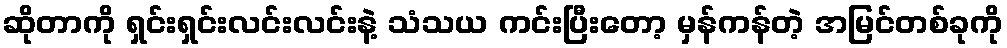
ဆိုတာကို ရှင်းရှင်းလင်းလင်းနဲ့ သံသယ ကင်းပြီးတော့ မှန်ကန်တဲ့ အမြင်တစ်ခုကို